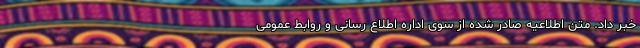
خبر داد. متن اطلاعیه صادر شده از سوی اداره اطلاع رسانی و روابط عمومی